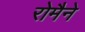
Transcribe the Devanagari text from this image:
रोमैने